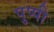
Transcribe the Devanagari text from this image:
पुप्पी